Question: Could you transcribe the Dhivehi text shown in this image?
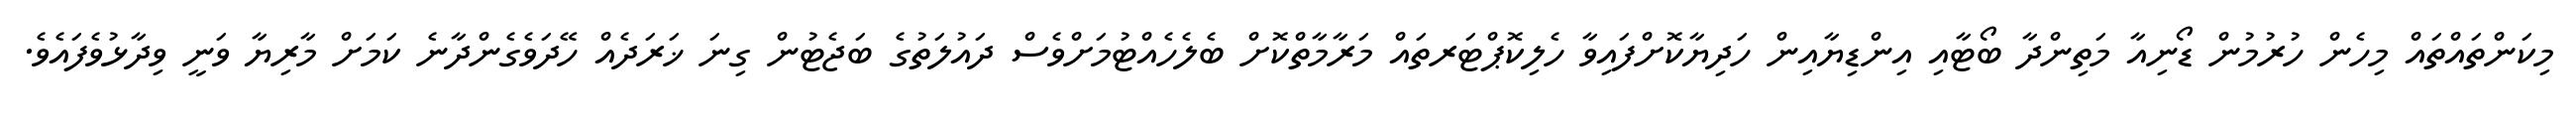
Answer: މިކަންތައްތައް މިހެން ހުރުމުން ޑޯނިއާ މަތިންދާ ބޯޓާއި އިންޑިޔާއިން ހަދިޔާކޮށްފައިވާ ހެލިކޮޕްޓަރތައް މަރާމާތްކޮށް ބެލެހެއްޓުމަށްވެސް ދައުލަތުގެ ބަޖެޓުން ގިނަ ޚަރަދެއް ހޭދަވެގެންދާނެ ކަމަށް މާރިޔާ ވަނީ ވިދާޅުވެފައެވެ.